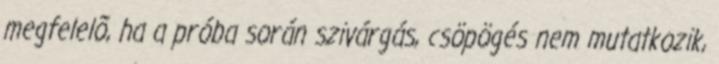
megfelelõ, ha a próba során szivárgás, csöpögés nem mutatkozik,